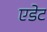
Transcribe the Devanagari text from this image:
एडेट